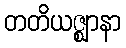
တတိယဇ္ဈာနာ